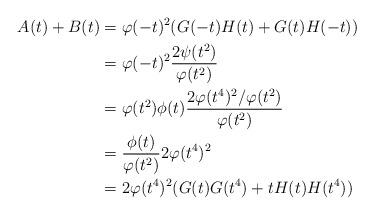
LaTeX: \begin{align*} A(t)+B(t) &= \varphi(-t)^2(G(-t)H(t)+G(t)H(-t))\\ &= \varphi(-t)^2\frac{2\psi(t^2)}{\varphi(t^2)}\\ &= \varphi(t^2)\phi(t)\frac{2\varphi(t^4)^2/\varphi(t^2)}{\varphi(t^2)}\\ &= \frac{\phi(t)}{\varphi(t^2)}2\varphi(t^4)^2\\ &= 2\varphi(t^4)^2(G(t)G(t^4)+tH(t)H(t^4))\end{align*}